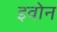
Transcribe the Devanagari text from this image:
इवोन